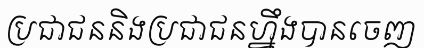
ប្រជាជននិងប្រជាជនហ្នឹងបានចេញ